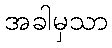
အခါမှသာ